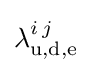
\lambda _{\text{u,d,e}}^{i\,j}